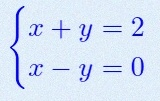
\begin{cases}x+y=2\\x-y=0\end{cases}